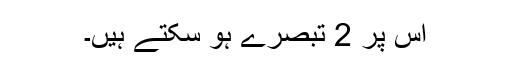
اس پر 2 تبصرے ہو سکتے ہیں۔